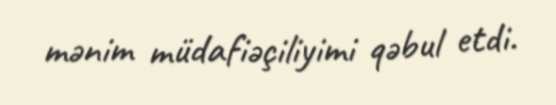
mənim müdafiəçiliyimi qəbul etdi.